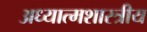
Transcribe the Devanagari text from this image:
अध्यात्मशास्त्रीय